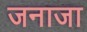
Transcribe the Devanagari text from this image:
जनाजा